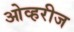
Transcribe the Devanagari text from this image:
ओव्हरीज